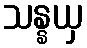
သန္နယှ